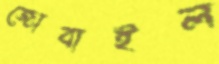
জোবাইল